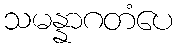
သမန္နာဂတံပေ